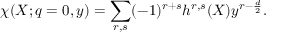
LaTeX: \chi ( X ; q = 0 , y ) = \sum _ { r , s } ( - 1 ) ^ { r + s } h ^ { r , s } ( X ) y ^ { r - \frac d 2 } .